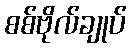
စစ်ဗိုလ်ချုပ်